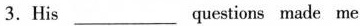
3. His ___ questions made me